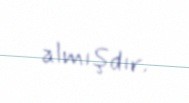
almışdır.